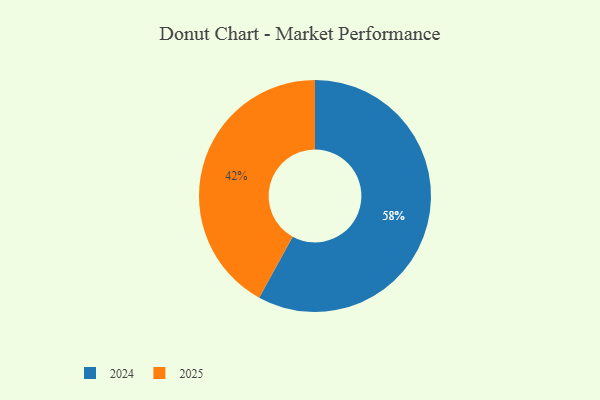
{"axis": {"x": "Category", "y": "Percentage"}, "legend": ["2024", "2025"], "data": [{"x": "2025", "y": 42, "type": "2025"}, {"x": "2024", "y": 58, "type": "2024"}]}